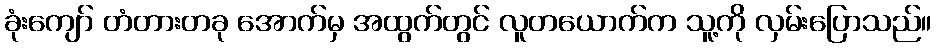
ခုံးကျော် တံတားတခု အောက်မှ အထွက်တွင် လူတယောက်က သူ့ကို လှမ်းပြောသည်။